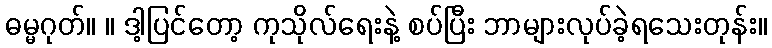
ဓမ္မဂုတ်။ ။ ဒါ့ပြင်တော့ ကုသိုလ်ရေးနဲ့ စပ်ပြီး ဘာများလုပ်ခဲ့ရသေးတုန်း။